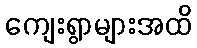
ကျေးရွာများအထိ